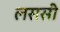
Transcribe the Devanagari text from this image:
लससी